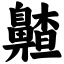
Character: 齄